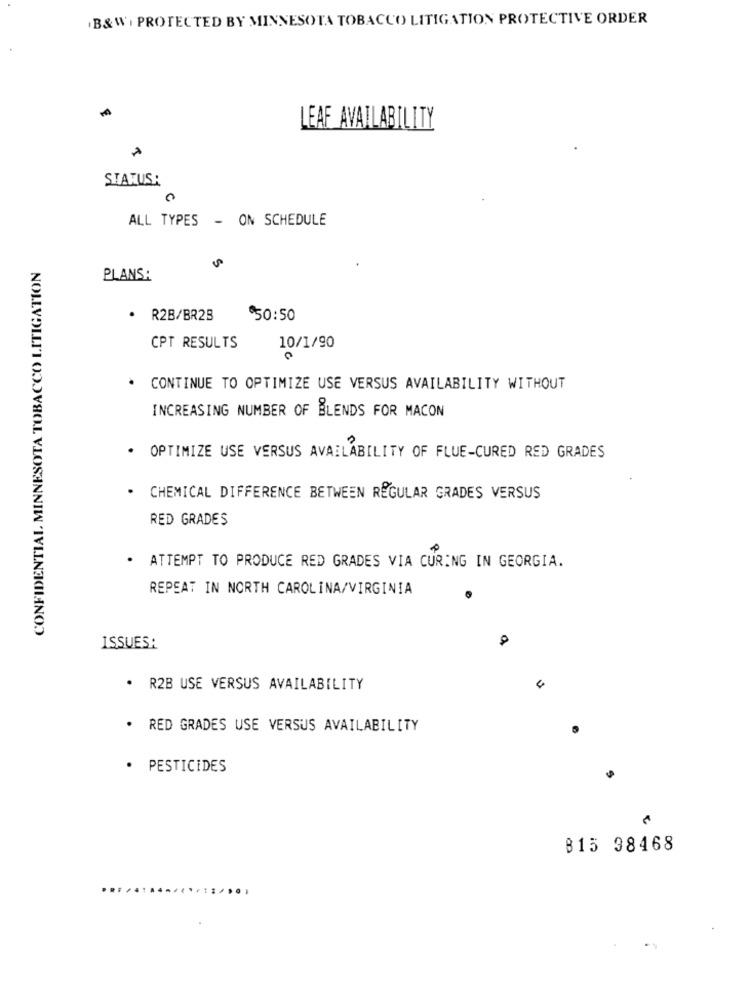
B&W , PROTECTED BY MINNESOTA TOBACCO LITIGATION PROTECTIVE ORDER
LEAF AVAILABILITY
STATUS:
0
ALL TYPES - ON SCHEDULE
CONFIDENTIAL MINNESOTA TOBACCO LITIGATION
PLANS:
· R2B/BR23
$50:50
CPT RESULTS
10/1/90
. CONTINUE TO OPTIMIZE USE VERSUS AVAILABILITY WITHOUT
INCREASING NUMBER OF BLENDS FOR MACON
. OPTIMIZE USE VERSUS AVAILABILITY OF FLUE-CURED RED GRADES
· CHEMICAL DIFFERENCE BETWEEN REGULAR GRADES VERSUS
RED GRADES
. ATTEMPT TO PRODUCE RED GRADES VIA CURING IN GEORGIA.
REPEAT IN NORTH CAROLINA/VIRGINIA
ISSUES:
· R2B USE VERSUS AVAILABILITY
· RED GRADES USE VERSUS AVAILABILITY
· PESTICIDES
B15 98468